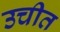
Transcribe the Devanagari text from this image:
उचीत